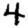
Digit: 4